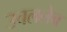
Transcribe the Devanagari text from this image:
उचललेच